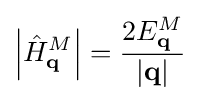
\left|{\hat {H}}_{\mathbf {q} }^{M}\right|={\frac {2E_{\mathbf {q} }^{M}}{|{\mathbf {q} }|}}